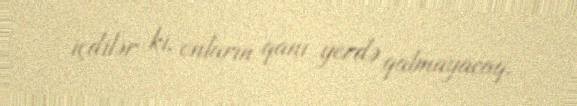
içdilər ki, onların qanı yerdə qalmayacaq.